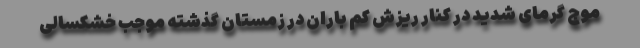
موج گرمای شدید در کنار ریزش کم باران در زمستان گذشته موجب خشکسالی